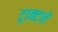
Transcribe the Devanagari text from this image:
ट्राक्टाते